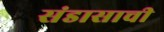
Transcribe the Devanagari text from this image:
संडासाची